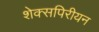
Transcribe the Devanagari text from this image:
शेक्सपिरीयन